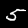
Label: 5